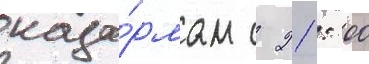
каза́рмам с 21: 00